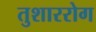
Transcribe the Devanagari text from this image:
तुशाररोग